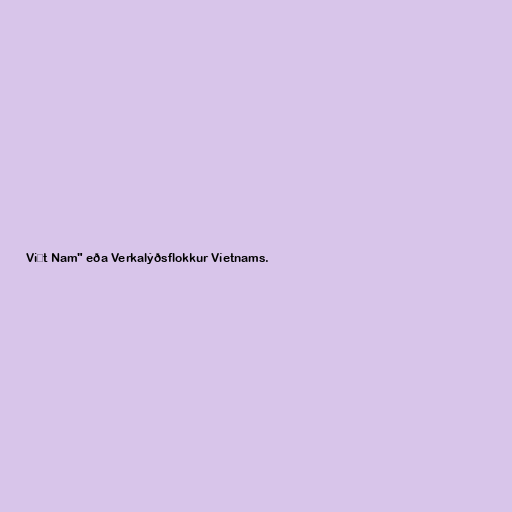
Việt Nam" eða Verkalýðsflokkur Víetnams.